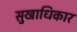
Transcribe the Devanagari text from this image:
सुखाधिकार